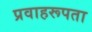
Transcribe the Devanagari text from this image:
प्रवाहरूपता